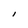
Character: l